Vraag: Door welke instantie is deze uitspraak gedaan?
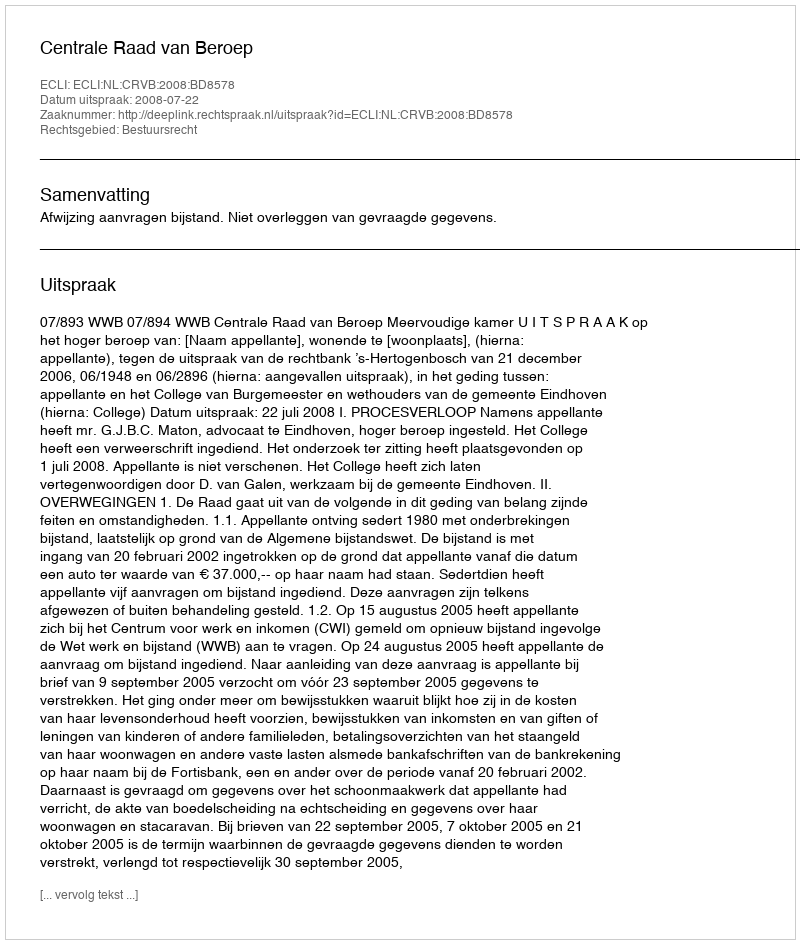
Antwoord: Centrale Raad van Beroep